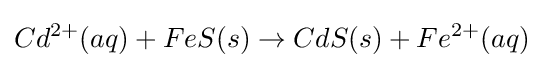
Cd^{2+}(aq)+FeS(s)\rightarrow CdS(s)+Fe^{2+}(aq)